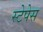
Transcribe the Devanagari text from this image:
स्टेपेस